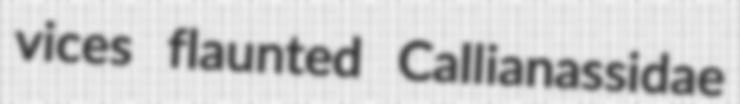
vices flaunted Callianassidae